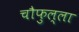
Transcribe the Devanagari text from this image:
चौफुल्ला